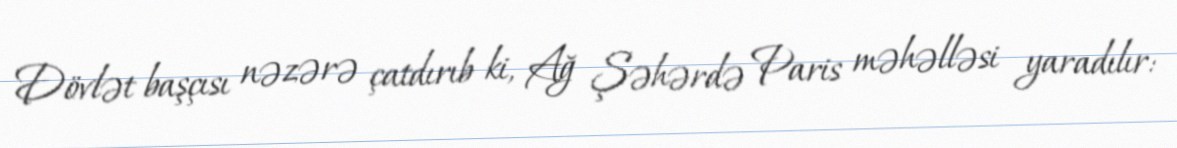
Dövlət başçısı nəzərə çatdırıb ki, Ağ Şəhərdə Paris məhəlləsi yaradılır: